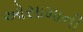
ઓસામાની